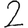
Digit: 2